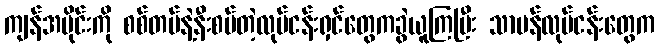
ကျန်အပိုင်းကို စစ်တပ်နဲ့နီးစပ်တဲ့လုပ်ငန်းရှင်တွေကခွဲယူကြပြီး သာမန်လုပ်ငန်းတွေက